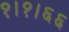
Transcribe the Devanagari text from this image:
१।१।६६